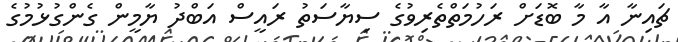
ޗައިނާ އާ މާ ބޮޑަށް ރަހުމަތްތެރިވުުގެ ސިޔާސަތު ރައީސް އަބްދު ޔާމީން ގެންގުޅުމުގެ